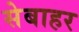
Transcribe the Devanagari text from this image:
सेबाहर